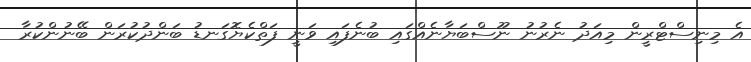
އެ މިނިސްޓްރީން މިއަދު ނެރުނު ނޫސްބަޔާނެއްގައި ބުނެފައި ވަނީ ފަތްކެޔޮގަނޑު ބަންދުކުރަން ބޭނުންކުރާ